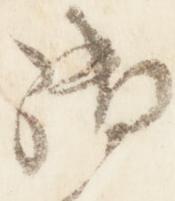
御